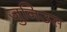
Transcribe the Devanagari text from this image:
जुनिउस